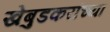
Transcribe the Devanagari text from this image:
खेबुडकरांच्या